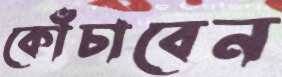
কোঁচাবেন